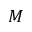
M